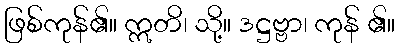
ဖြစ်ကုန်၏။ ဣတိ၊ သို့။ ဒဋ္ဌဗ္ဗာ၊ ကုန် ၏။